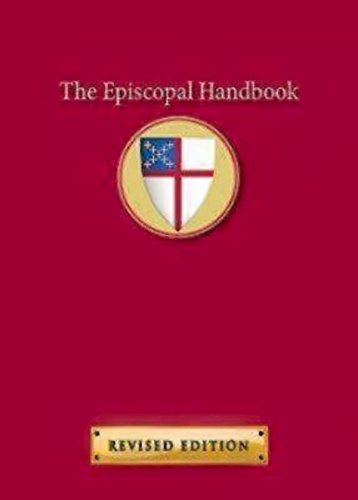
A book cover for The Episcopal Handbook, Revised Edition; Christian Books & Bibles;